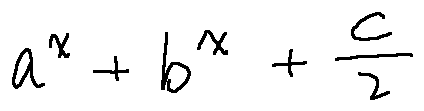
a ^ { x } + b ^ { x } + \frac { c } { 2 }